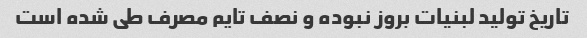
تاریخ تولید لبنیات بروز نبوده و نصف تایم مصرف طی شده است